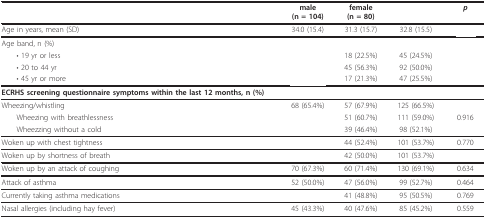
<table><thead><tr><td>[EMPTY_CELL]</td><td><b>male(n = 104)</b></td><td><b>female(n = 80)</b></td><td>[EMPTY_CELL]</td><td><b><i>p</i></b></td></tr></thead><tbody><tr><td>Age in years, mean (SD)</td><td>34.0 (15.4)</td><td>31.3 (15.7)</td><td>32.8 (15.5)</td><td>[EMPTY_CELL]</td></tr><tr><td>Age band, n (%)</td><td>[EMPTY_CELL]</td><td>[EMPTY_CELL]</td><td>[EMPTY_CELL]</td><td>[EMPTY_CELL]</td></tr><tr><td> • 19 yr or less</td><td>[EMPTY_CELL]</td><td>18 (22.5%)</td><td>45 (24.5%)</td><td>[EMPTY_CELL]</td></tr><tr><td> • 20 to 44 yr</td><td>[EMPTY_CELL]</td><td>45 (56.3%)</td><td>92 (50.0%)</td><td>[EMPTY_CELL]</td></tr><tr><td> • 45 yr or more</td><td>[EMPTY_CELL]</td><td>17 (21.3%)</td><td>47 (25.5%)</td><td>[EMPTY_CELL]</td></tr><tr><td><b>ECRHS screening questionnaire symptoms within the last 12 months, n (%)</b></td><td>[EMPTY_CELL]</td><td>[EMPTY_CELL]</td><td>[EMPTY_CELL]</td><td>[EMPTY_CELL]</td></tr><tr><td>Wheezing/whistling</td><td>68 (65.4%)</td><td>57 (67.9%)</td><td>125 (66.5%)</td><td>[EMPTY_CELL]</td></tr><tr><td> Wheezing with breathlessness</td><td>[EMPTY_CELL]</td><td>51 (60.7%)</td><td>111 (59.0%)</td><td>0.916</td></tr><tr><td> Wheezzing without a cold</td><td>[EMPTY_CELL]</td><td>39 (46.4%)</td><td>98 (52.1%)</td><td>[EMPTY_CELL]</td></tr><tr><td>Woken up with chest tightness</td><td>[EMPTY_CELL]</td><td>44 (52.4%)</td><td>101 (53.7%)</td><td>0.770</td></tr><tr><td>Woken up by shortness of breath</td><td>[EMPTY_CELL]</td><td>42 (50.0%)</td><td>101 (53.7%)</td><td>[EMPTY_CELL]</td></tr><tr><td>Woken up by an attack of coughing</td><td>70 (67.3%)</td><td>60 (71.4%)</td><td>130 (69.1%)</td><td>0.634</td></tr><tr><td>Attack of asthma</td><td>52 (50.0%)</td><td>47 (56.0%)</td><td>99 (52.7%)</td><td>0.464</td></tr><tr><td>Currently taking asthma medications</td><td>[EMPTY_CELL]</td><td>41 (48.8%)</td><td>95 (50.5%)</td><td>0.769</td></tr><tr><td>Nasal allergies (including hay fever)</td><td>45 (43.3%)</td><td>40 (47.6%)</td><td>85 (45.2%)</td><td>0.559</td></tr></tbody></table>